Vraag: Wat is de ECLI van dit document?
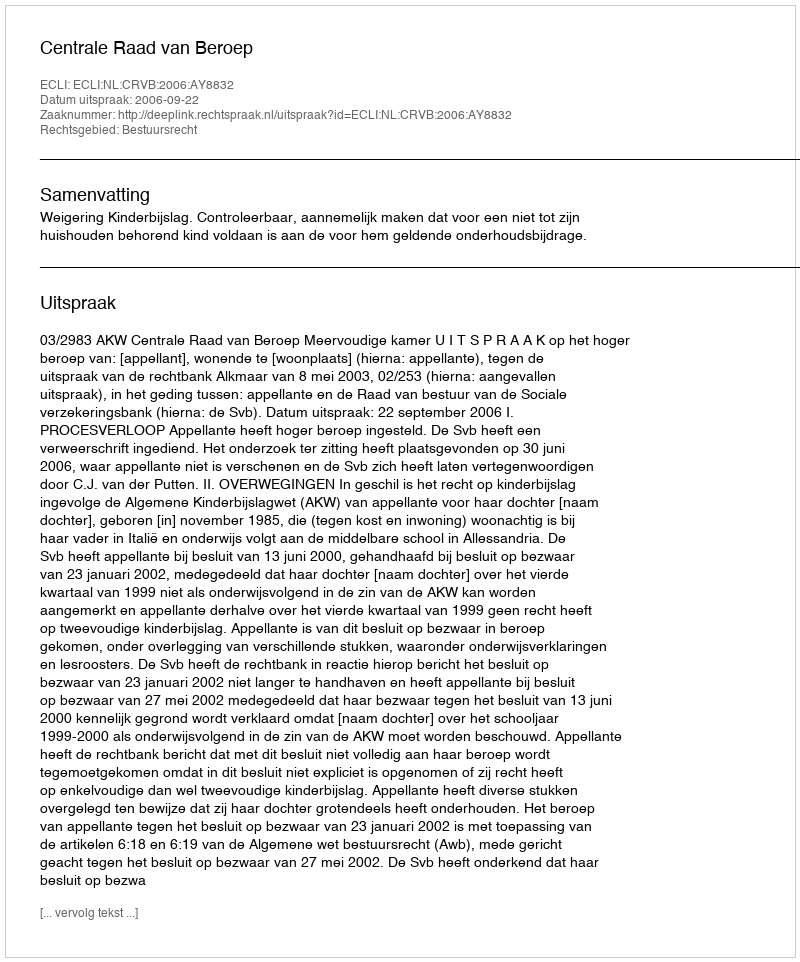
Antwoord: ECLI:NL:CRVB:2006:AY8832